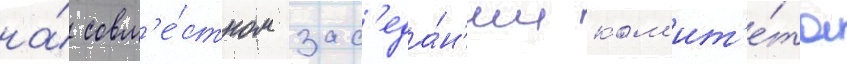
на́ совм'е́стном зас'еда́н'ии ком'ит'е́та